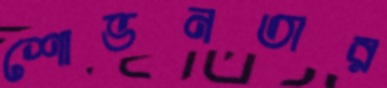
শোভনতার